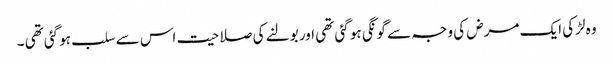
وہ لڑکی ایک مرض کی وجہ سے گونگی ہو گئی تھی اور بولنے کی صلاحیت اس سے سلب ہوگئی تھی ۔